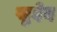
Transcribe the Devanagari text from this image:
खुदेद